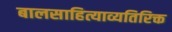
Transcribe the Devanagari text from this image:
बालसाहित्याव्यतिरिक्त